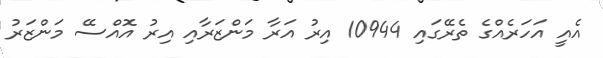
އެއީ އަހަރެއްގެ ތެރޭގައި 10944 އިރު އަރާ މަންޒަރާއި އިރު އޮއްސޭ މަންޒަރު